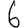
Digit: 6